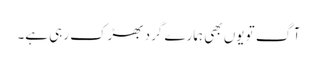
آگ تو یوں بھی ہمارے گرد بھڑک رہی ہے۔